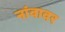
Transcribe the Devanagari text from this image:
नांवावर